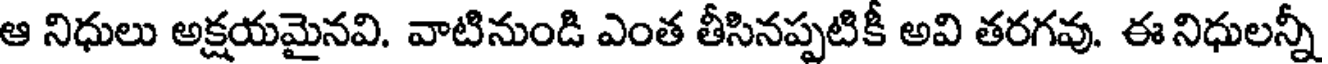
ఆ నిధులు అక్షయమైనవి. వాటినుండి ఎంత తీసినప్పటికీ అవి తరగవు. ఈ నిధులన్నీ